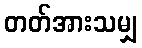
တတ်အားသမျှ